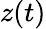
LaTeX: z(t)